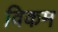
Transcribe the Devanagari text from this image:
विकम